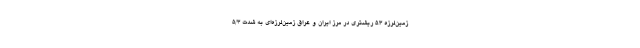
زمین‌لرزه‌ ۵.۳ ریشتری در مرز ایران و عراق زمین‌لرزه‌ای به شدت ۵/۳